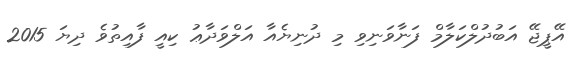
އޭޕީޖޭ އަބުދުލްކަލާމް ފަނާވަނިވި މި ދުނިޔެއާ އަލްވަދާޢު ކިއީ ފާއިތުވެ ދިޔަ 2015